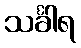
သင်္ခါရ